Scottish Certificate of Education, 1963
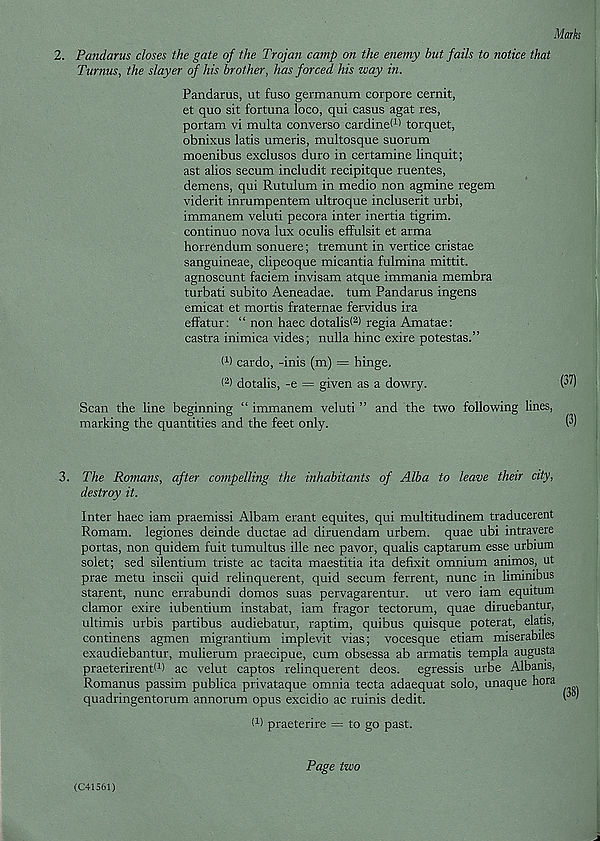
Marks
2. Pandarus closes the gate of the Trojan camp on the enemy but fails to notice that
Turnus, the slayer of his brother, has forced his way in.
Pandarus, ut fuso germanum corpore cernit,
et quo sit fortuna loco, qui casus agat res,
portam vi multa converso cardinel 1 ' torquet,
obnixus latis umeris, multosque suorum
moenibus exclusos duro in certamine linquit;
ast alios secum includit recipitque ruentes,
demens, qui Rutulum in medio non agmine regem
viderit inrumpentem ultroque incluserit urbi,
immanem veluti pecora inter inertia tigrim.
continue nova lux oculis effulsit et arma
horrendum sonuere; tremunt in vertice cristae
sanguineae, clipeoque micantia fulmina mittit.
agnoscunt faciem invisam atque immania membra
turbati subito Aeneadae. turn Pandarus ingens
emicat et mortis fraternae fervidus ira
efFatur: “ non haec dotalist 2 ) regia Amatae:
castra inimica vides; nulla hinc exire potestas.”
t 1 ) cardo, -inis (m) = hinge.
( 2 ) dotalis, -e = given as a dowry.
ffl)
Scan the line beginning “ immanem veluti ” and the two following lines,
marking the quantities and the feet only.
P)
3. The Romans, after compelling the inhabitants of Alba to leave their city,
destroy it.
Inter haec iam praemissi Albam erant equites, qui multitudinem traducerent
Romam. legiones deinde ductae ad diruendam urbem. quae ubi intravere
portas, non quidem fuit tumultus ille nec pavor, qualis captarum esse urbium
solet; sed silentium triste ac tacita maestitia ita defixit omnium animos, ut
prae metu inscii quid relinquerent, quid secum ferrent, nunc in liminibus
starent, nunc errabundi domos suas pervagarentur. ut vero iam eqmtum
clamor exire iubentium instabat, iam fragor tectorum, quae diruebantur,
ultimis urbis partibus audiebatur, raptim, quibus quisque poterat, elatis,
continens agmen migrantium implevit vias; vocesque etiam miserabiles
exaudiebantur, mulierum praecipue, cum obsessa ab armatis templa augusta
praeterirend 1 ) ac velut captos relinquerent deos. egressis urbe Albania,
Romanus passim publica privataque omnia tecta adaequat solo, unaque hora
quadringentorum annorum opus excidio ac ruinis dedit.
(i) praeterire = to go past.
(C41561)
Page two